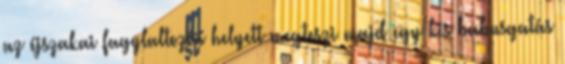
az éjszakai fagylaltozás helyett megteszi majd egy kis babusgatás